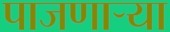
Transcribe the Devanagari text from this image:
पाजणाऱ्या